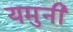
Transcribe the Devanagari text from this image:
यमुनी